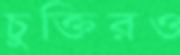
চুক্তিরও